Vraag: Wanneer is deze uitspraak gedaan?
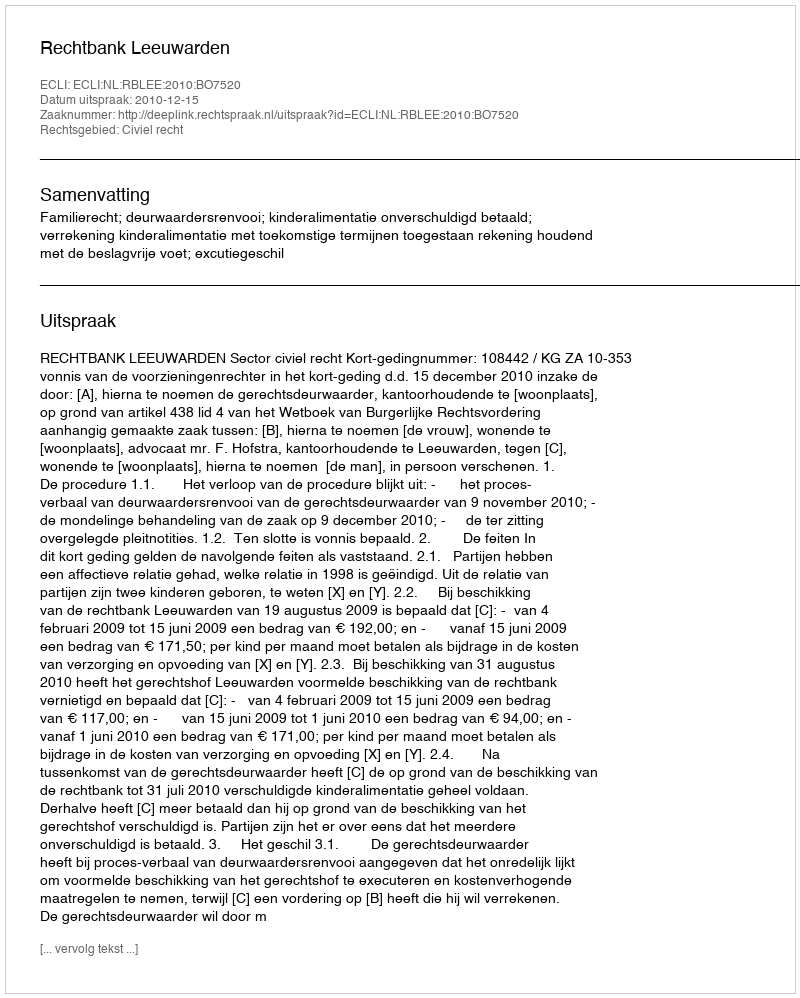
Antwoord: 2010-12-15